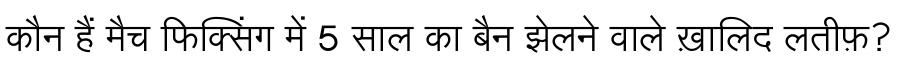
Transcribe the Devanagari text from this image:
कौन हैं मैच फिक्सिंग में 5 साल का बैन झेलने वाले ख़ालिद लतीफ़?